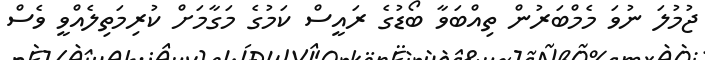
ޖުމުލަ ނުވަ މެމްބަރުން ތިއްބަވާ ބޯޑުގެ ރައީސް ކަމުގެ މަގާމަށް ކުރިމަތިލެއްވީ ވެސް